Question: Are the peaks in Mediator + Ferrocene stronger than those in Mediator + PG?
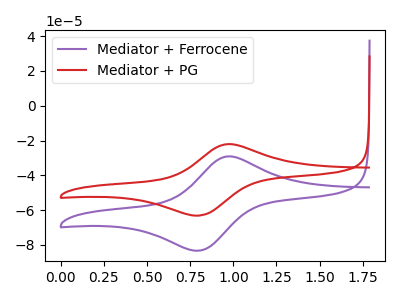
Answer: <think>The purple curve "Mediator + Ferrocene" has an anodic peak at (1.00V, -29.10uA) and a cathodic peak at (0.80V, -83.30uA). The red curve "Mediator + PG" has an anodic peak at (1.00V, -22.05uA) and a cathodic peak at (0.80V, -63.15uA).</think>
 <answer>The peaks in "Mediator + Ferrocene" are neither all higher or all lower than the peaks in "Mediator + PG".</answer>
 <eval>mixed</eval>